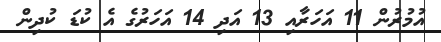
އުމުރުން 11 އަހަރާއި 13 އަދި 14 އަހަރުގެ އެ ކުޑަ ކުދިން